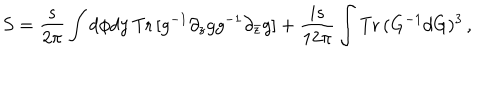
LaTeX: S = \frac { s } { 2 \pi } \int d \phi d y \, { \mathrm { T r } } \, [ g ^ { - 1 } \partial _ { z } g g ^ { - 1 } \partial _ { \bar { z } } g ] + \frac { i s } { 1 2 \pi } \int { \mathrm { T r } } \, ( G ^ { - 1 } d G ) ^ { 3 } \, ,